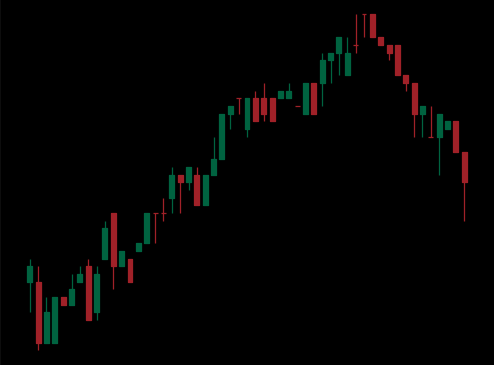
Pattern: bear_flag